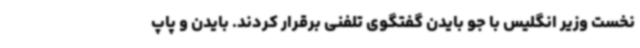
نخست وزیر انگلیس با جو بایدن گفتگوی تلفنی برقرار کردند. بایدن و پاپ